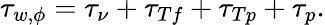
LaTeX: \tau_{w,\phi}=\tau_{\nu}+\tau_{Tf}+\tau_{Tp}+\tau_{p}.